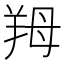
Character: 䍭